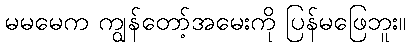
မမမေက ကျွန်တော့်အမေးကို ပြန်မဖြေဘူး။